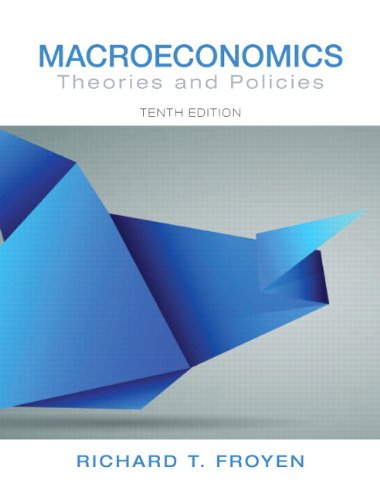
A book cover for Macroeconomics: Theories and Policies (10th Edition) (Pearson Series in Economics); Richard T. Froyen; Business & Money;